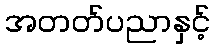
အတတ်ပညာနှင့်